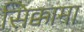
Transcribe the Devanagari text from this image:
सिक्कामा